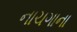
નાચગાના